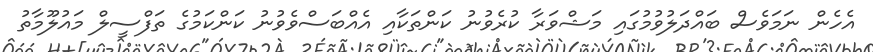
އެހެން ނަމަވެސް ބައްދަލުވުމުގައި މަޝްވަރާ ކުރެވުނު ކަންތަކާއި އެއްބަސްވެވުނު ކަންކަމުގެ ތަފްސީލް މައުލޫމާތު